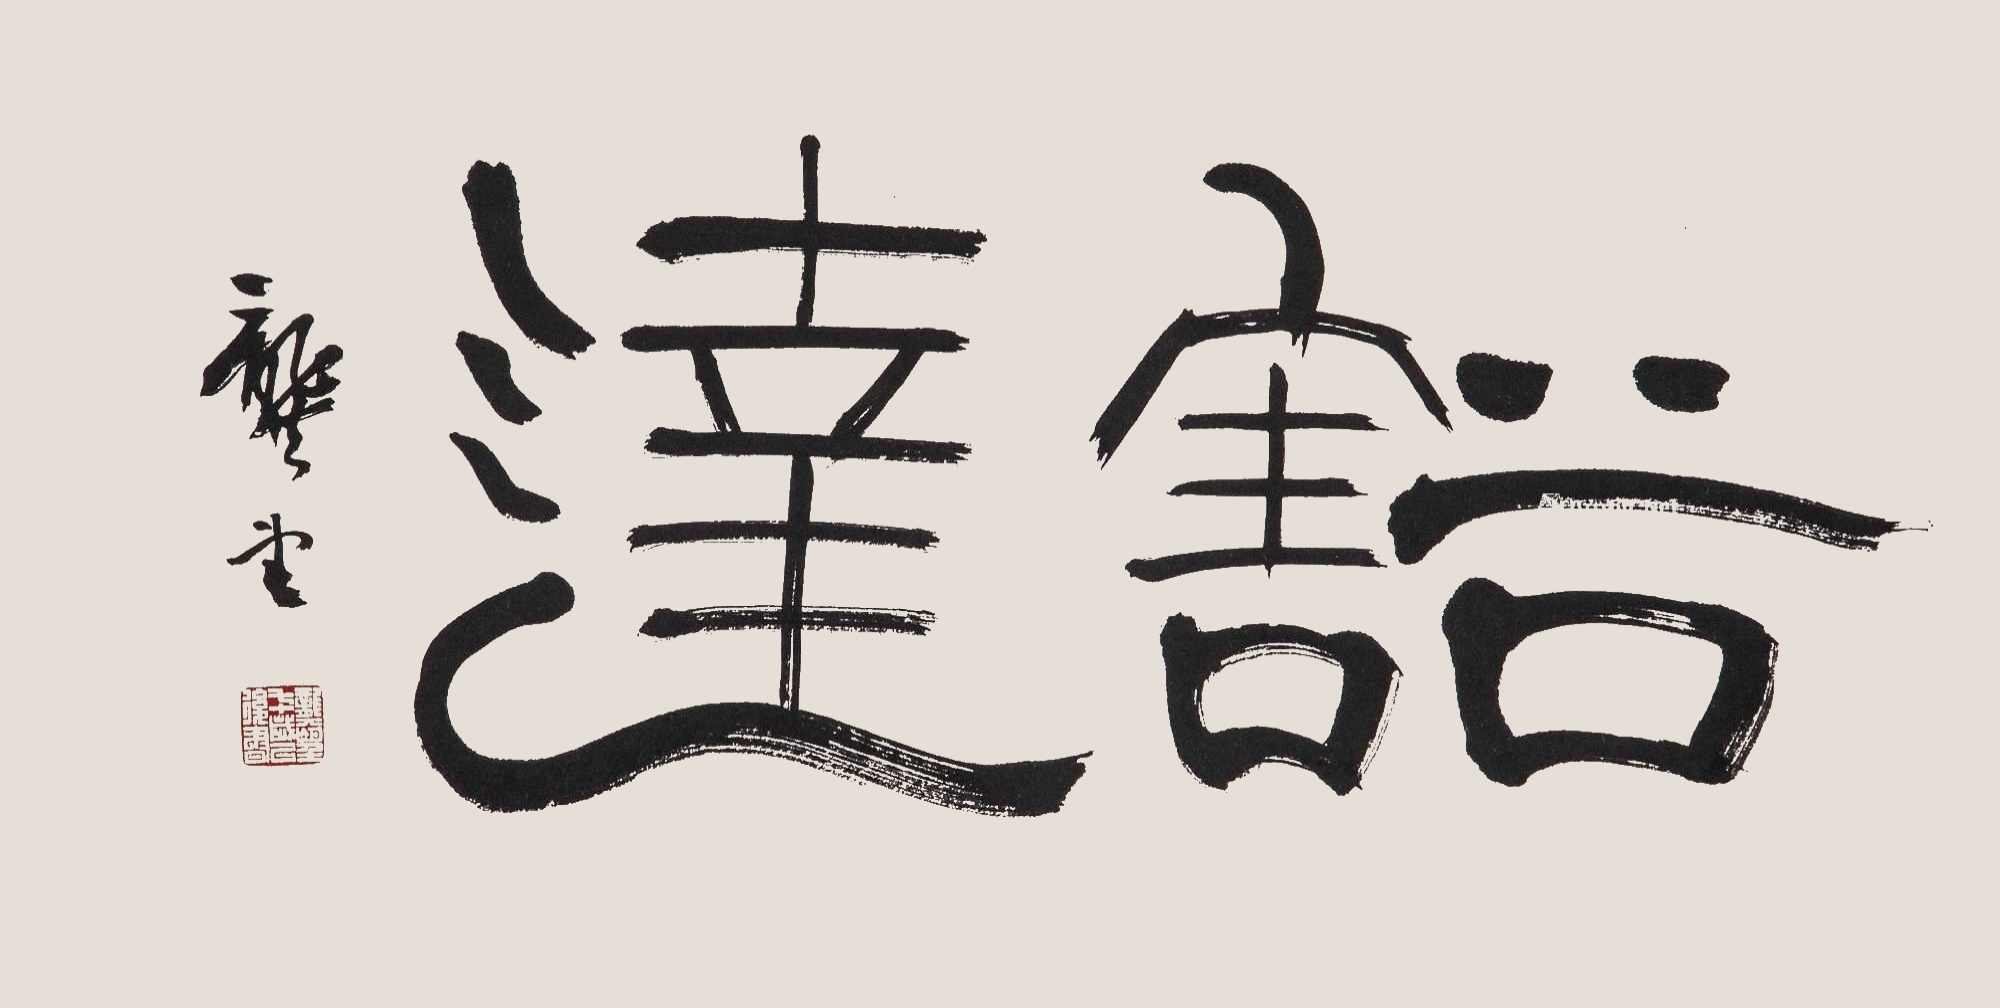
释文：豁达龚望。